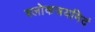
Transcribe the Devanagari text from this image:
श्लोकत्रयमिदं